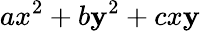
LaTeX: ax^{2}+b\mathbf{y}^{2}+cx\mathbf{y}